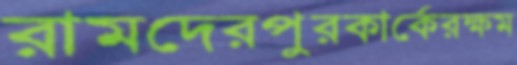
রামদেরপুরকার্কেরক্ষম